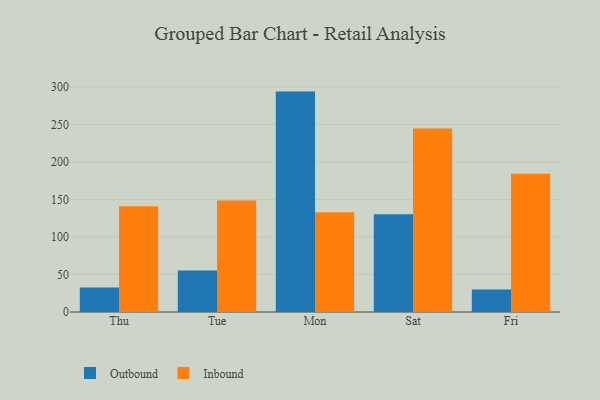
{"axis": {"x": "Day", "y": "Temperature (°C)"}, "legend": ["Inbound", "Outbound"], "data": [{"x": "Thu", "y": 32.8, "type": "Outbound"}, {"x": "Thu", "y": 141.0, "type": "Inbound"}, {"x": "Tue", "y": 55.4, "type": "Outbound"}, {"x": "Tue", "y": 148.8, "type": "Inbound"}, {"x": "Mon", "y": 293.9, "type": "Outbound"}, {"x": "Mon", "y": 133.1, "type": "Inbound"}, {"x": "Sat", "y": 130.2, "type": "Outbound"}, {"x": "Sat", "y": 244.8, "type": "Inbound"}, {"x": "Fri", "y": 30.0, "type": "Outbound"}, {"x": "Fri", "y": 184.2, "type": "Inbound"}]}